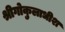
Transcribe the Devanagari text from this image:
श्रीगोकुलाधीश